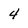
Character: 4